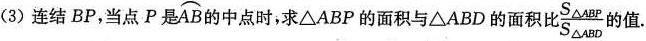
( 3 )连结 BP，当点 P 是 \stackrel\frown{ A B } 的中点时，求 △ABP 的面积与 △ABD 的面积比 \frac{S_{ \Delta ABP}}{S_{ \Delta ABD}} 的值。